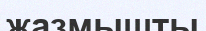
жазмышты